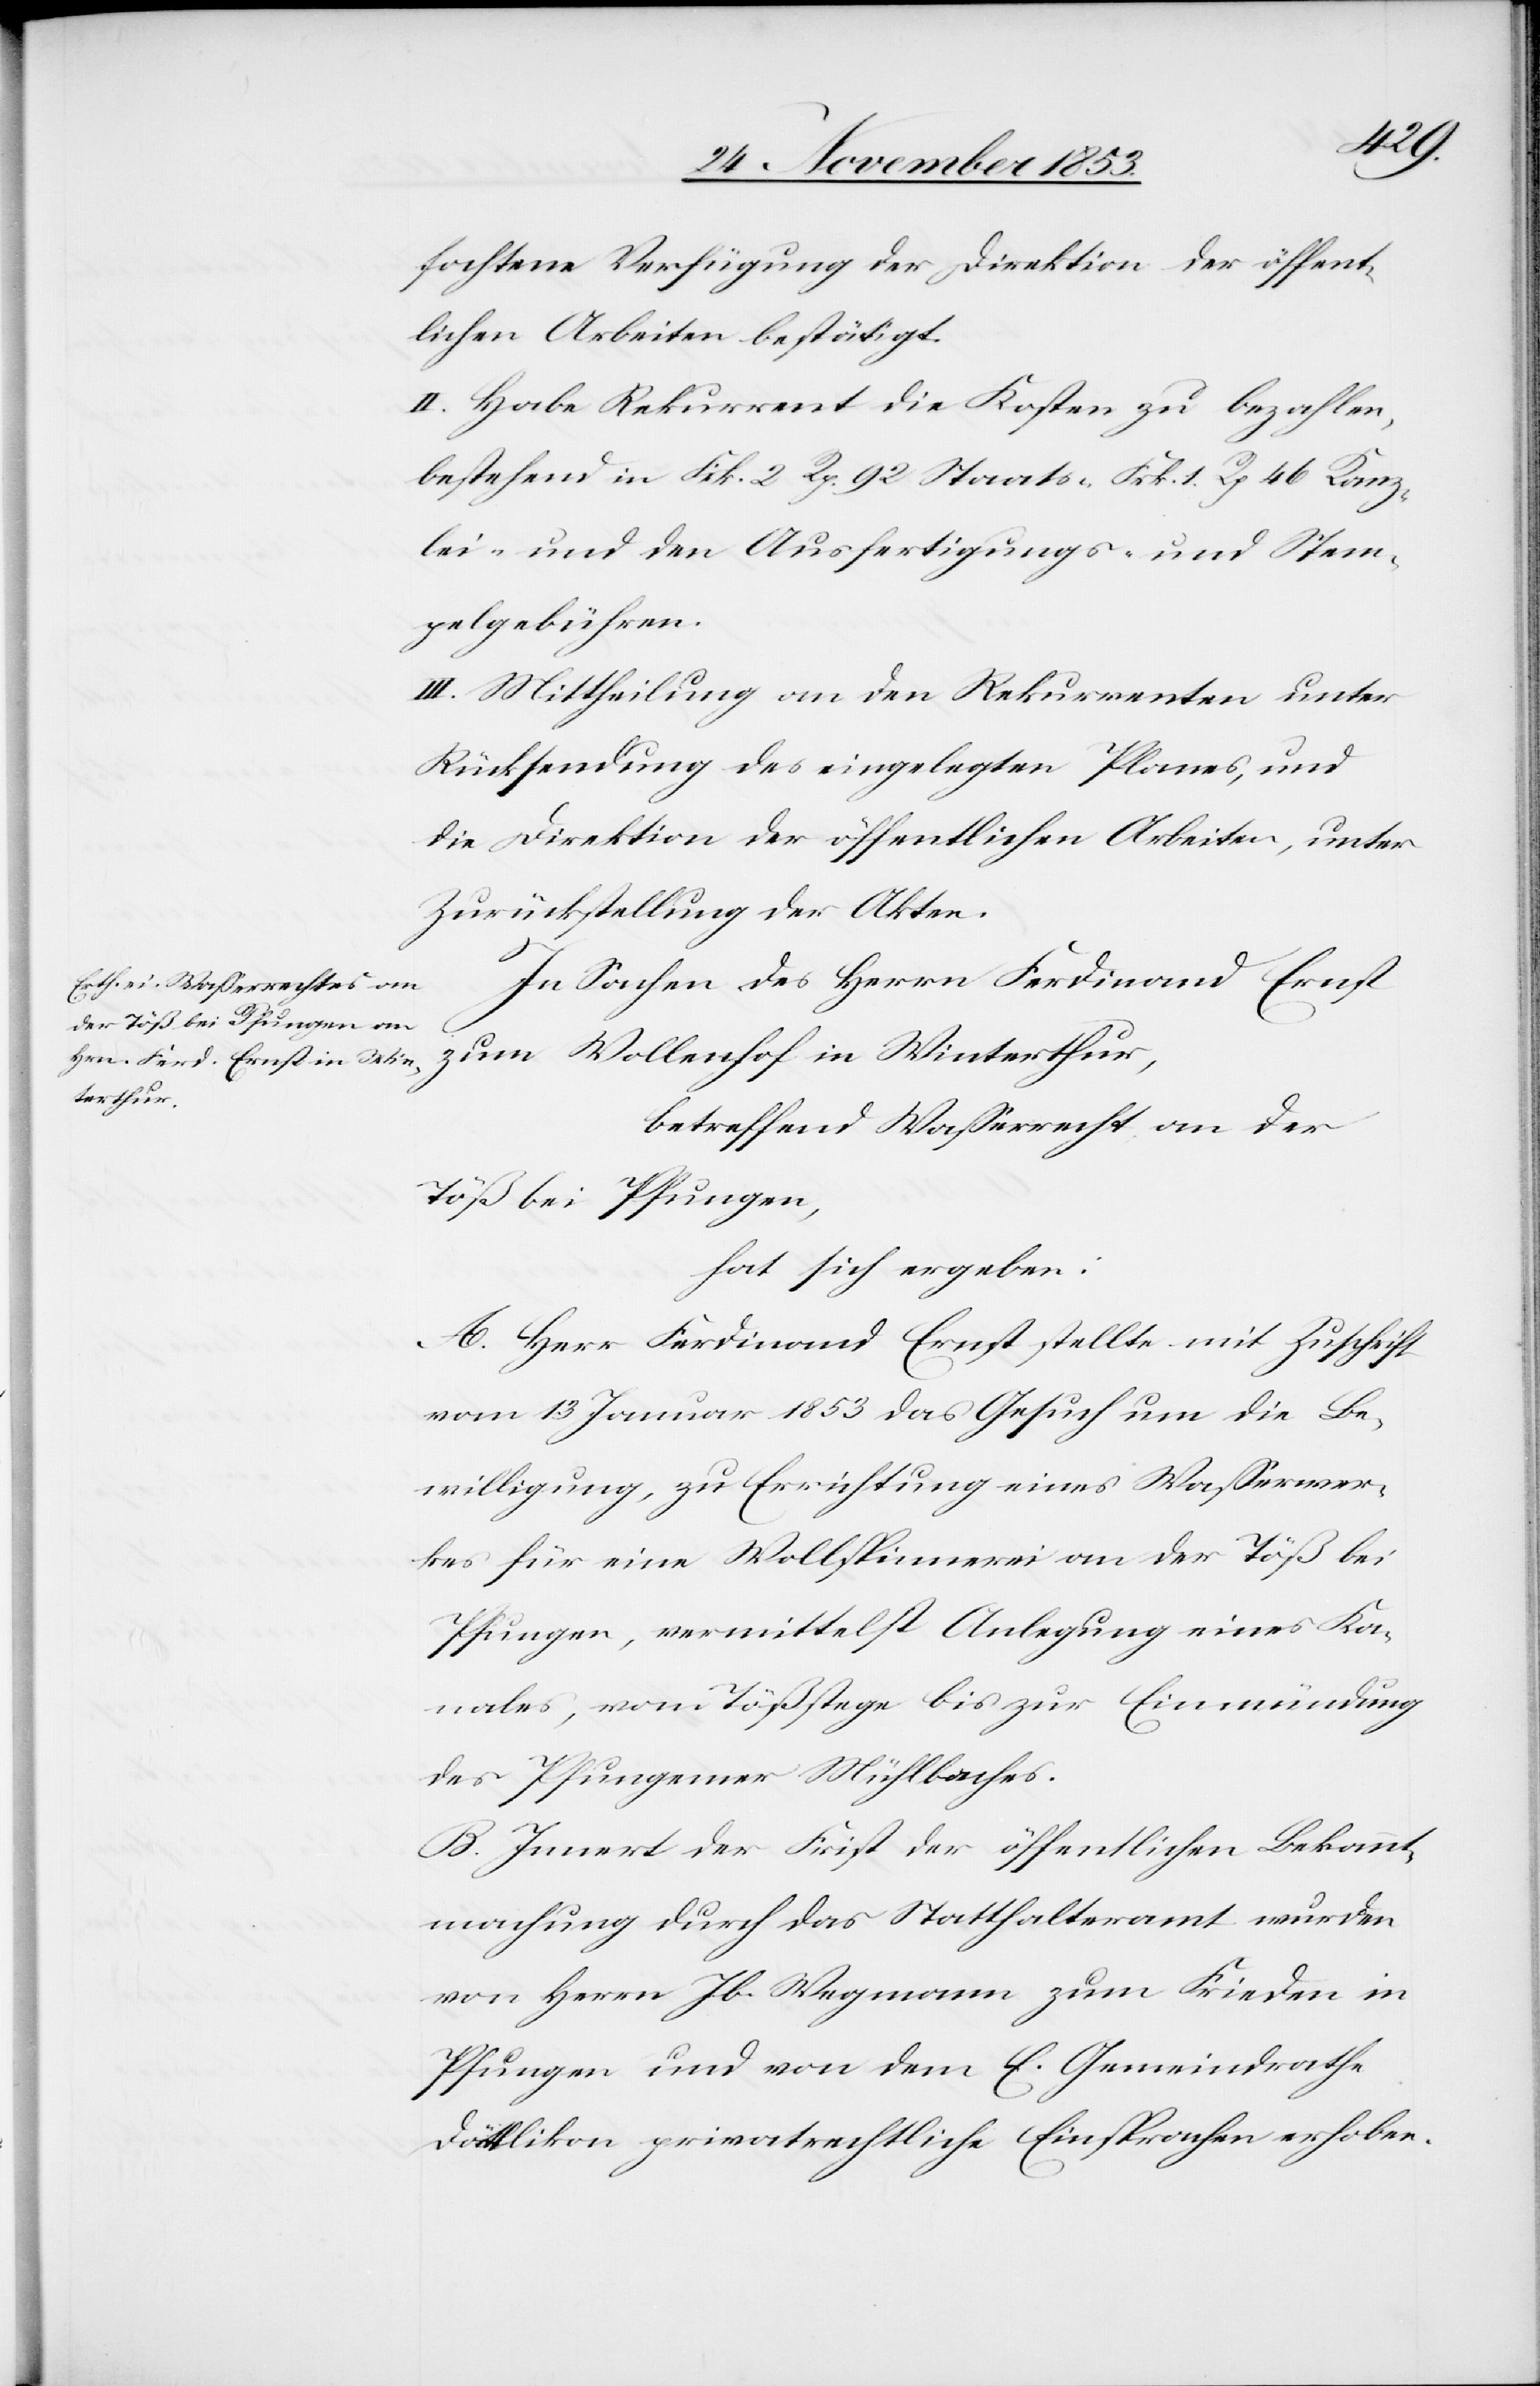
fochtene Verfügung der Direktion der öffent¬
lichen Arbeiten bestätigt.
II. Habe Rekurrent die Kosten zu bezahlen,
bestehend in Frk. 2 Rp. 92 Staats- Frk. 1 Rp. 46 Kanz¬
lei- und den Ausfertigungs- u. Stem¬
pelgebühren.
III. Mittheilung an den Rekurrenten unter
Rücksendung des eingelegten Planes, und
die Direktion der öffentlichen Arbeiten, unter
Zurückstellung der Akten.
In Sachen des Herrn Ferdinand Ernst
zum Wollenhof in Winterthur,
betreffend Waßerrecht an der
Töß bei Pfungen,
hat sich ergeben:
A. Herr Ferdinand Ernst stellte mit Zuschrift
vom 13 Januar 1853 das Gesuch um die Be¬
willigung, zu Errichtung eines Waßerwer¬
kes für eine Wollspinnerei an der Töß bei
Pfungen, vermittelst Anlegung eines Ka¬
nales, vom Tößstege bis zur Einmündung
des Pfungener Mühlebaches.
B. Innert der Frist der öffentlichen Bekannt¬
machung durch das Statthalteramt wurden
von Herrn Jb. Wegmann zum Frieden in
Pfungen und von dem E. Gemeindrathe
Dättlikon privatrechtliche Einsprache erhoben.